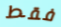
فقط